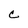
Character: C